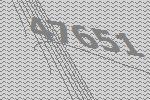
47651